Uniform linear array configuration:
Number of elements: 24
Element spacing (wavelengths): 0.25
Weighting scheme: blackman
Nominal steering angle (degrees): -45
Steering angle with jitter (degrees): -45.593
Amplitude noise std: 0.05
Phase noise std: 0.05

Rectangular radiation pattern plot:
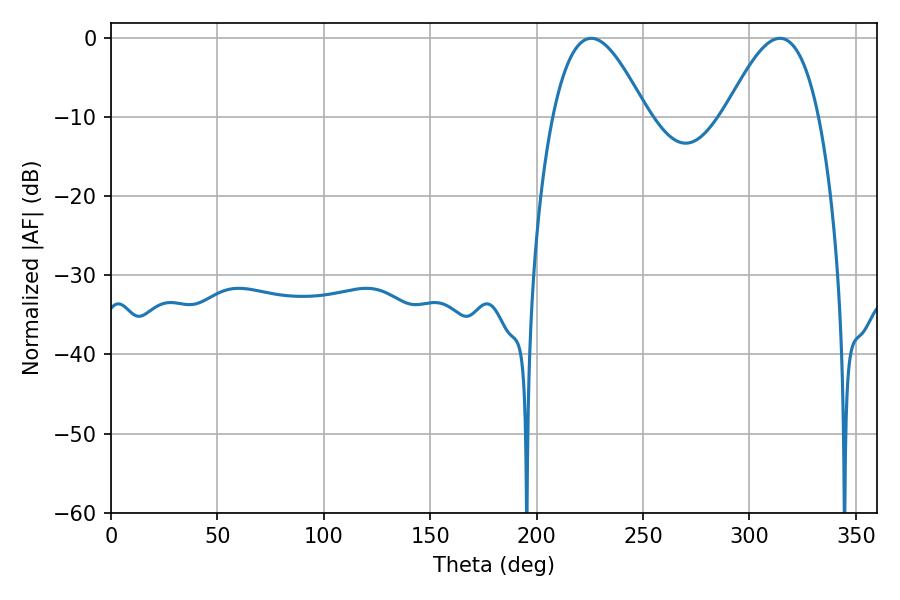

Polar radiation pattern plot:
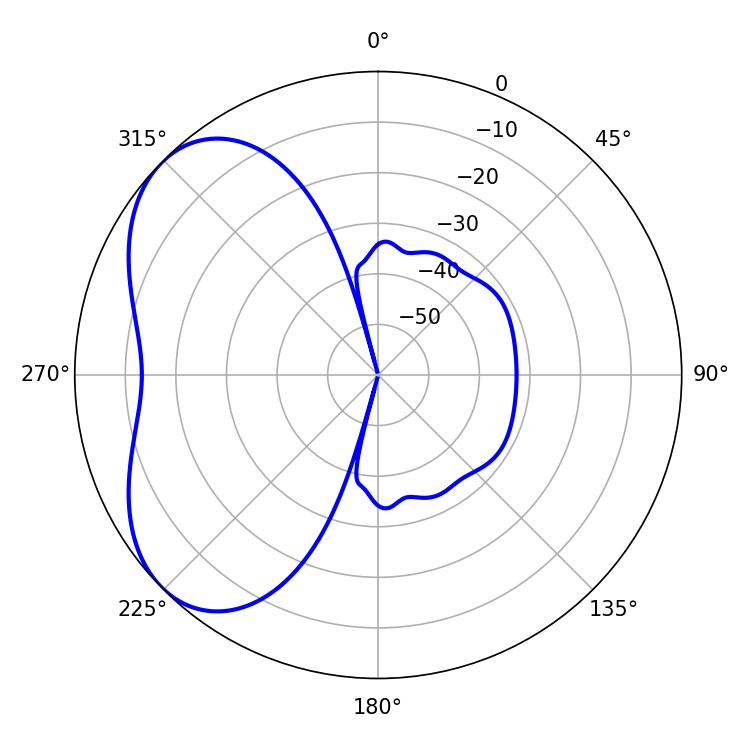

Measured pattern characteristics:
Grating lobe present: FALSE
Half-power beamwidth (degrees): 23.76
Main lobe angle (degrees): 225.72